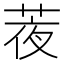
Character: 𦲹